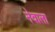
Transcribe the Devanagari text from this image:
नेवाला